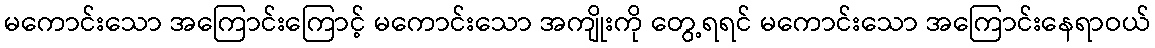
မကောင်းသော အကြောင်းကြောင့် မကောင်းသော အကျိုးကို တွေ့ရရင် မကောင်းသော အကြောင်းနေရာဝယ်